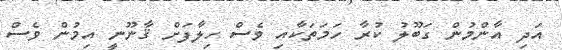
އަދި އާންމުން ގަބޫލު ކުރާ ހަމަތަކާއި ވެސް ހިލާފަށް ޤާނޫނީ އިމުން ވެސް